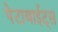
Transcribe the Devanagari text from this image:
पेटाबाईट्स